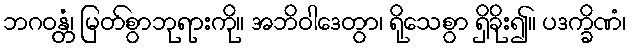
ဘဂဝန္တံ၊ မြတ်စွာဘုရားကို။ အဘိဝါဒေတွာ၊ ရိုသေစွာ ရှိခိုး၍။ ပဒက္ခိဏံ၊